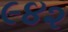
૯૪૨